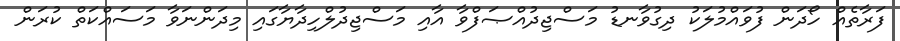
ފަރާތެއް ހޯދަން ފުވައްމުލަކު ދިގުވާނޑު މަސްޖިދުއްޞަފްވާ އާއި މަސްޖިދުލްހިދާޔާގައި މިދަންނަވާ މަސައްކަތް ކުރަން